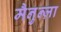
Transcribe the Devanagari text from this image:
मैनुन्ज़ा